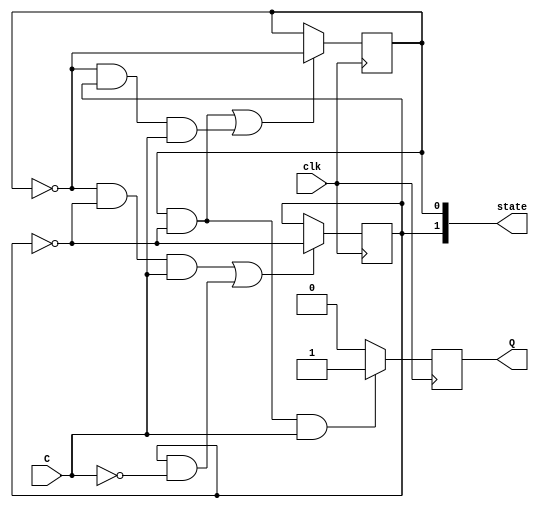
module SeqDetect_4bit(input C,clk, output reg [1:0]state=0, output reg Q=0);//C is the input
//Q is output and state refers to present state
reg T1=1'b0,T2=1'b0;
//TFF v( .in(T1), .clk(clk), .Q(state[0]));
//TFF v1(.in(T2), .clk(clk), .Q(state[1]));
//Designing using T Flip Flop
//we use non blocking assignments ("<=") so that 
//we can calculate next state logic efficiently 
//First bit Flip Flop 
always @(posedge clk) begin
    if((state[0] & ~state[1]) | (~state[0] & state[1] & C))
        state[0] = ~state[0];
end
//second bit Flip Flop 
always @(posedge clk) begin
    if((~state[0] & ~state[1] & C) | (state[1] & ~C))
        state[1] = ~state[1];
end
//final output of the sequence detector FSM
always @(posedge clk) begin//output logic 
    if(state[0] & ~state[1] & C)
        Q <= 1; 
    else
        Q <= 0;
end

endmodule